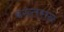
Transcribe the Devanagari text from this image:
बख्तरान